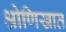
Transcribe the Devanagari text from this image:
श्रोणिखात